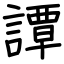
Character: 譚